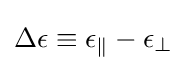
\Delta \epsilon \equiv \epsilon _{\parallel }-\epsilon _{\perp }